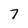
Character: 7